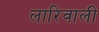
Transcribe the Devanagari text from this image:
लारिवाली